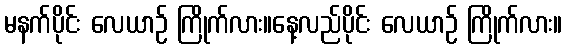
မနက်ပိုင်း လေယာဉ် ကြိုက်လား။နေ့လည်ပိုင်း လေယာဉ် ကြိုက်လား။